Annual administration report of the Bombay Presidency - 1887-1892
Year: 1887
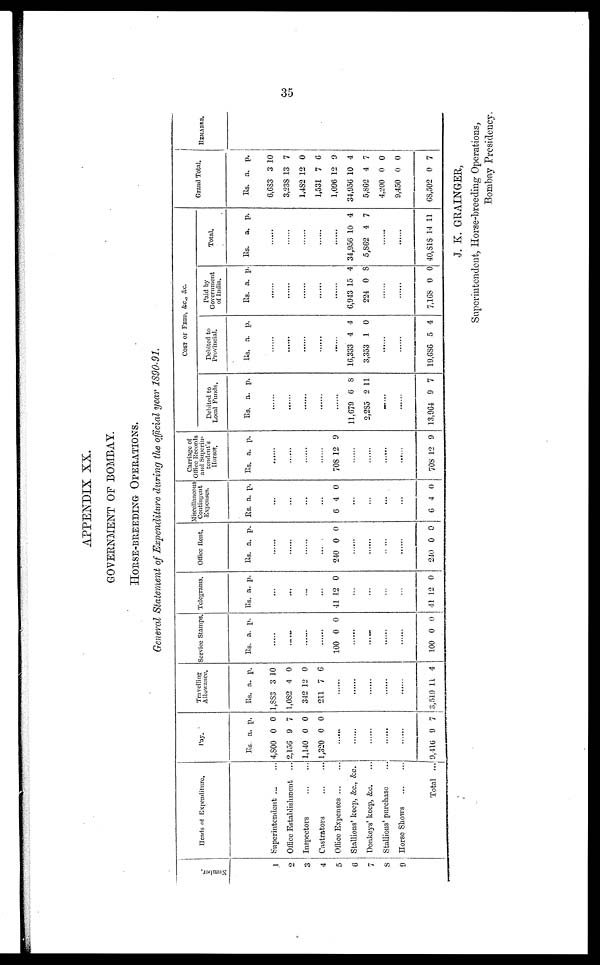
35
APPENDIX XX.
GOVERNMENT OF BOMBAY.
HORSE-BREEDING OPERATIONS.
General Statement of Expenditure during the official year 1890-91.
Numbe r
.
1
2
3
4
5
6
7
8
9
Heads of Expenditure.
Superintendent ... ...
Office Establishment ...
Inspectors
...
...
Castrators
...
...
Office Expenses ... ...
Stallions' keep, &c., &c.
Donkeys' keep, &c. ...
Stallions' purchase
Horse Shows
...
...
Total ...
Pay.
Rs.
4,800
2,156
1,140
1,320
a.
0
9
0
0
p.
0
7
0
0
.......
.......
.......
.......
.......
9,416 9 7
Travelling
Allowance.
Rs.
1,883
1,082
342
211
a.
3
4
12
7
p.
10
0
0
6
.......
.......
.......
.......
.......
3,519 11 4
Service Stamps.
Rs. a. p.
......
......
.......
.......
100 0 0
.......
......
.......
......
100 0 0
Telegrams.
Rs. a. p.
......
......
.......
.......
41 12 0
.......
......
......
......
41 12 0
Office Rent.
Rs. a. p.
........
........
........
240 0 0
.......
.......
.......
......
240 0 0
Miscellaneous
Contingent
Expexpenses.
Rs, a. p.
...
...
...
...
6 4 0
.......
.......
.......
......
0 4 0
Carriage of
Office Records
and Superin-
tendent's
Horse.
Rs. a. p.
......
......
......
......
708 12 9
.....
.......
.......
......
70S 12 9
COST OF FEED, &C., &C.
Debited to
Local Funds.
Rs. a. p.
......
......
.....
.....
.....
11,679
2,285
6
2
8
11
.......
......
13,964 9 7
Debited to
Provincial.
Rs. a. p.
......
......
......
....
.....
16,333
3,353
4
1
4
0
........
.......
19,686 5 4
Paid by
Government
of India.
Rs. a. p.
......
.....
......
......
......
6,943
224
15
0
4
8
.......
......
7,168 0 0
Total.
Rs. a. p.
......
34,956
5,862
10
4
4
7
.......
......
40,818 14 11
Grand Total.
Rs.
6,683
3,238
1,482
1,531
1,096
34,956
5,862
4,200
9,450
68,502
a.
3
13
12
7
12
10
4
0
0
0
p.
10
7
0
6
9
4
7
0
0
7
REMARKS.
J. K. GRAINGER,
Superintendent, Horse-breeding Operations,
Bombay Presidency.